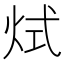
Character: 烒